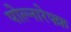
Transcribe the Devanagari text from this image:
पोल्नारेफ्फ़